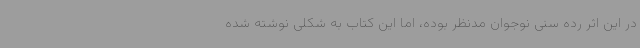
در این اثر رده سنی نوجوان مدنظر بوده، اما این کتاب به شکلی نوشته شده